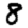
Digit: 8